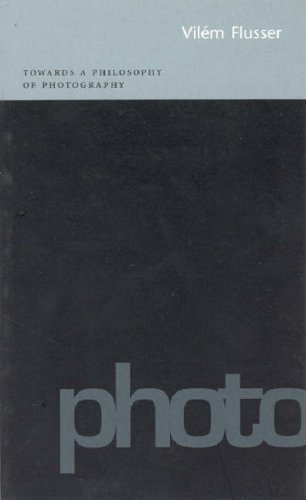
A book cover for Towards a Philosophy of Photography; Vilem Flusser; Arts & Photography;